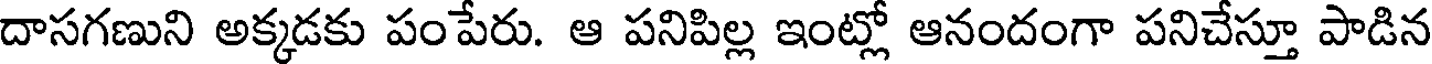
దాసగణుని అక్కడకు పంపేరు. ఆ పనిపిల్ల ఇంట్లో ఆనందంగా పనిచేస్తూ పాడిన